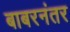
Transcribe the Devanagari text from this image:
बाबरनंतर